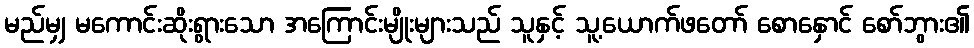
မည်မျှ မကောင်းဆိုးရွားသော အကြောင်းမျိုးများသည် သူနှင့် သူ့ယောက်ဖတော် စောနှောင် စော်ဘွား၏